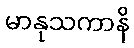
မာနုသကာနိ